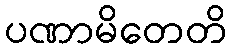
ပဏာမိတေတိ